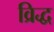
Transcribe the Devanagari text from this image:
व्रिद्ध